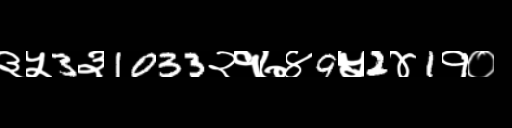
Text: ३५3३1033२१७४9५2४1१०